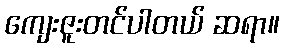
ကျေးဇူးတင်ပါတယ် ဆရာ။